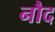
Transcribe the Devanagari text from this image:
नौद